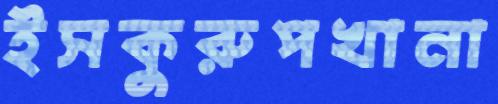
ইসকুরুপখানা